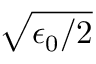
\sqrt { \epsilon _ { 0 } / 2 }